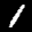
Label: 1